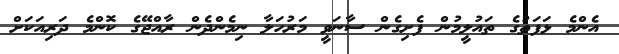
އެންމެ ޅަފަތުގެ ތައުލީމުން ފެށިގެން ސާނަވީ މަރުހަލާ ނިމެންދެން ރާއްޖޭގެ ކޮންމެ ދަރިއަކަށް